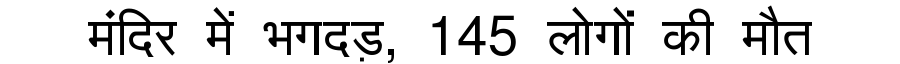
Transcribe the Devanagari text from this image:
मंदिर में भगदड़, 145 लोगों की मौत